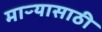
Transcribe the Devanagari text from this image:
माऱ्यासाठी